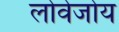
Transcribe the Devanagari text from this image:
लोवेजोय